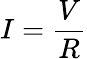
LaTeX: I={\frac{V}{R}}